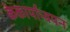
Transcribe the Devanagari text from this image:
केकार्यान्वयन